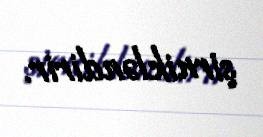
şirnikləndirir.